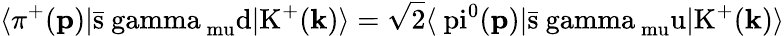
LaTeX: \langle\pi^{+}(\mathbf{p}\mathrm{)|\bar{s}\ gamma_{\ mu}d|K^{+}(\mathbf{k}\mathrm{)\rangle=\sqrt{2}\langle\ pi^{0}(\mathbf{p}\mathrm{)|\bar{s}\ gamma_{\ mu}u|K^{+}(\mathbf{k}\mathrm{)\rangle}}}}